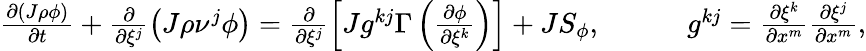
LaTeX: \begin{array}{r}{\frac{\partial\left(J\rho\phi\right)}{\partial t}+\frac{\partial}{\partial\xi^{j}}\left(J\rho\nu^{j}\phi\right)=\frac{\partial}{\partial\xi^{j}}\left[Jg^{kj}\Gamma\left(\frac{\partial\phi}{\partial\xi^{k}}\right)\right]+JS_{\phi},\quad\quad\quad g^{kj}=\frac{\partial\xi^{k}}{\partial x^{m}}\frac{\partial\xi^{j}}{\partial x^{m}},}\end{array}